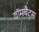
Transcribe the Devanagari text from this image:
वॉमबैट्स